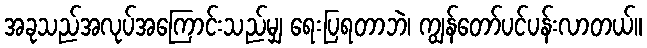
အခုသည်အလုပ်အကြောင်းသည်မျှ ရေးပြရတာဘဲ၊ ကျွန်တော်ပင်ပန်းလာတယ်။